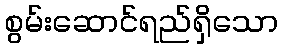
စွမ်းဆောင်ရည်ရှိသော